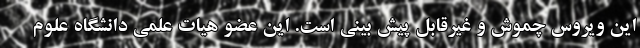
این ویروس چموش و غیرقابل پیش بینی است. این عضو هیات علمی دانشگاه علوم